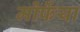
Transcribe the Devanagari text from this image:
मोर्फेया